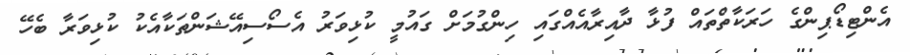
އެންޓިޑޯޕިންގެ ހަރަކާތްތައް ފުޅާ ދާއިރާއެއްގައި ހިންގުމަށް ގައުމީ ކުޅިވަރު އެސޯސިއޭޝަންތަކާއެކު ކުޅިވަރާ ބެހޭ